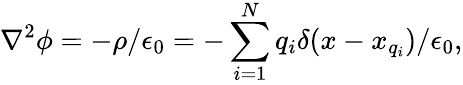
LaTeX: \nabla^{2}\phi=-\rho/\epsilon_{0}=-\sum_{i=1}^{N}q_{i}\delta(x-x_{q_{i}})/\epsilon_{0},